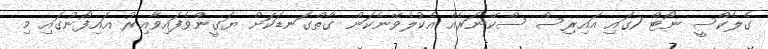
ގެލެކްސީ ނޯޓް 7ގައި އައިރިސް ސްކޭނަރެއް އެކުލެވޭނެކަން ގާތްގަނޑަކަށް ޔަގީންވެފައިވާއިރު އައިފޯނުގައި މި